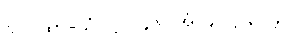
သဂါထာ-သံ-ဋ္ဌ-၁၄၆။ အံ-၄၊ ဋ္ဌ-၃၁၄။